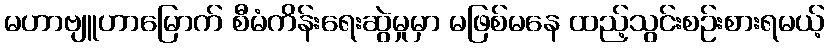
မဟာဗျူဟာမြောက် စီမံကိန်းရေးဆွဲမှုမှာ မဖြစ်မနေ ထည့်သွင်းစဉ်းစားရမယ့်